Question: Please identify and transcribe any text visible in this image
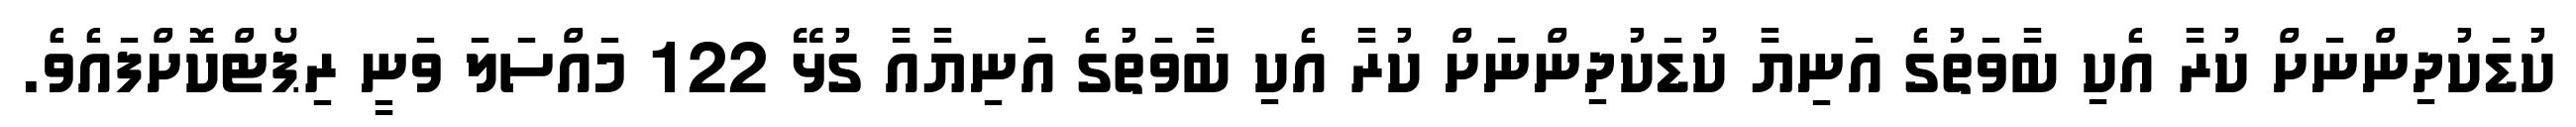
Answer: ކުޑަކުދިންނަށް ކުރާ އެކި ބާވަތުގެ އަނިޔާ ކުޑަކުދިންނަށް ކުރާ އެކި ބާވަތުގެ އަނިޔާއާ ގުޅޭ 122 މައްސަލަ ވަނީ ރިޕޯޓްކޮށްފައެވެ.